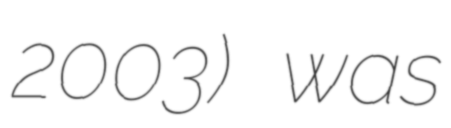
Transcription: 2003) was